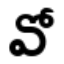
వో